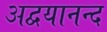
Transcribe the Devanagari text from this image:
अद्वयानन्द